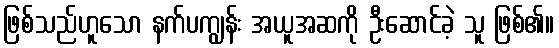
ဖြစ်သည်ဟူသော နက်ပကျွန်း အယူအဆကို ဦးဆောင်ခဲ့ သူ ဖြစ်၏။